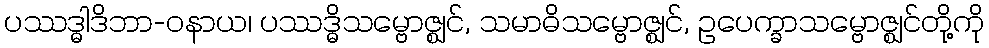
ပဿဒ္ဓါဒိဘာ-ဝနာယ၊ ပဿဒ္ဓိသမ္ဗောဇ္ဈင်, သမာဓိသမ္ဗောဇ္ဈင်, ဥပေက္ခာသမ္ဗောဇ္ဈင်တို့ကို